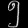
Digit: ၅